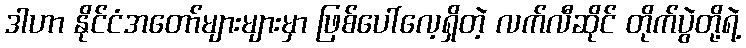
ဒါဟာ နိုင်ငံအတော်များများမှာ ဖြစ်ပေါ်လေ့ရှိတဲ့ လက်လီဆိုင် တိုက်ပွဲတို့ရဲ့